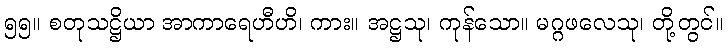
၅၅။ စတုသဋ္ဌိယာ အာကာရေဟီဟိ၊ ကား။ အဋ္ဌသု၊ ကုန်သော။ မဂ္ဂဖလေသု၊ တို့တွင်။